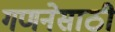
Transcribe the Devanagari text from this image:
गणनेसाठी